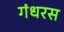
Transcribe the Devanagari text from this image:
गंधरस